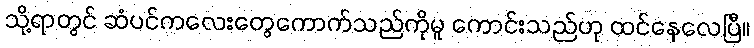
သို့ရာတွင် ဆံပင်ကလေးတွေကောက်သည်ကိုမူ ကောင်းသည်ဟု ထင်နေလေပြီ။